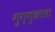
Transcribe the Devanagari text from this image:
गुग्गुळाला